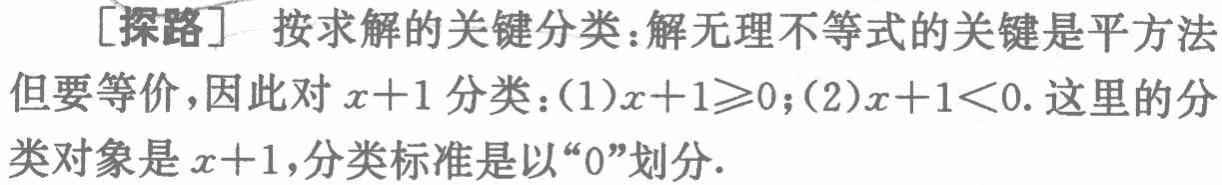
[探路] 按求解的关键分类：解无理不等式的关键是平方法但要等价，因此对\(x + 1\)分类：(1)\(x + 1\geqslant0\)；(2)\(x + 1<0\). 这里的分类对象是\(x + 1\)，分类标准是以“\(0\)”划分.